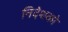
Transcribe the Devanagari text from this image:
निदेशको